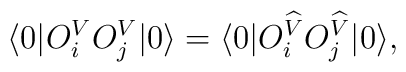
\langle 0| O_i^V O_j^V |0\rangle = \langle 0|  O_i^{\widehat{V}}O_j^{\widehat{V}} |0\rangle,